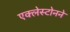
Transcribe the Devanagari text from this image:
एक्लेस्टोनने